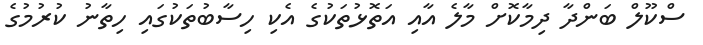
ސްކޫލް ބަންދާ ދިމާކޮށް މާލެ އާއި އަތޮޅުތަކުގެ އެކި ހިސާބުތަކުގައި ހިތާނު ކުރުމުގެ